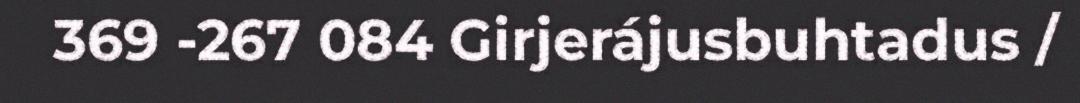
369 -267 084 Girjerájusbuhtadus /